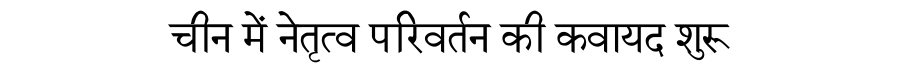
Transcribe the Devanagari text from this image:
चीन में नेतृत्व परिवर्तन की कवायद शुरू